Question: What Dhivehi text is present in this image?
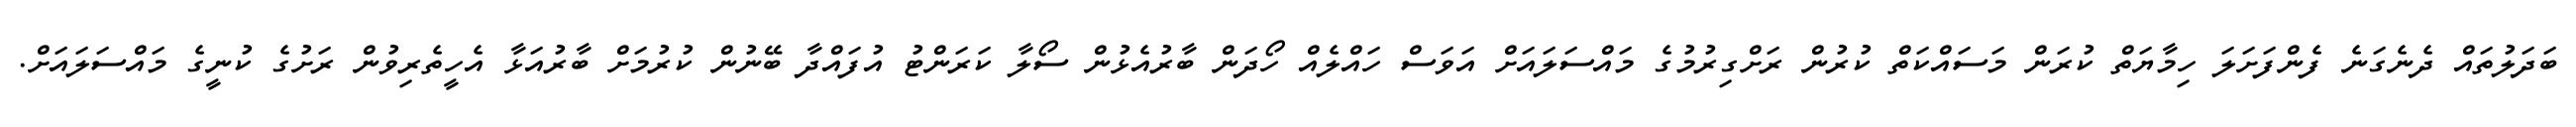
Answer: ބަދަލުތައް ދެނެގަނެ ފެންފަށަލަ ހިމާޔަތް ކުރަން މަސައްކަތް ކުރުން ރަށްގިރުމުގެ މައްސަލައަށް އަވަސް ހައްލެއް ހޯދަން ބާރުއެޅުން ސޯލާ ކަރަންޓު އުފައްދާ ބޭނުން ކުރުމަށް ބާރުއަޅާ އެހީތެރިވުން ރަށުގެ ކުނީގެ މައްސަލައަށް.